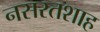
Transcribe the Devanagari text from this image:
नसरतशाह